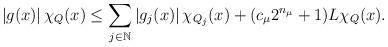
LaTeX: \begin{align*}\left|g(x)\right|\chi_Q(x)&\leq \sum_{j\in\mathbb{N}}\left| g_j(x)\right| \chi_{Q_j}(x)+ (c_\mu 2^{n_\mu}+1)L\chi_Q(x).\end{align*}